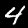
Label: 4